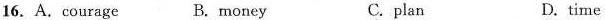
16. A.courage B. money C.plan D.time